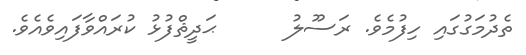
ތެދުމަގުގައި ހިފުމެވެ. ރަސޫލު      ޙަދީޘްފުޅު ކުރައްވާފައިވެެއެވެ.